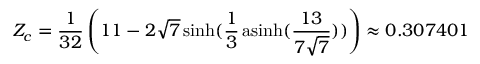
Z _ { c } = { \frac { 1 } { 3 2 } } \left( 1 1 - 2 { \sqrt { 7 } } \sinh ( { \frac { 1 } { 3 } } \operatorname { a s i n h } ( { \frac { 1 3 } { 7 { \sqrt { 7 } } } } ) ) \right) \approx 0 . 3 0 7 4 0 1